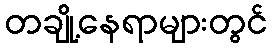
တချို့နေရာများတွင်